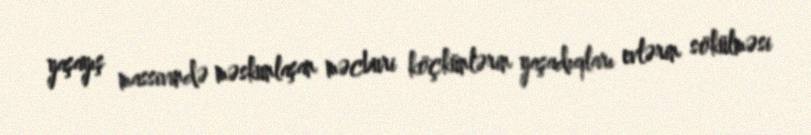
yaşayış massivində məskunlaşan məcburi köçkünlərin yaşadıqları evlərin sökülməsi